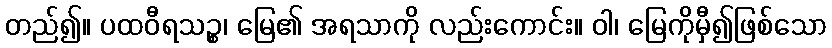
တည်၍။ ပထဝီရသဉ္စ၊ မြေ၏ အရသာကို လည်းကောင်း။ ဝါ၊ မြေကိုမှီ၍ဖြစ်သော